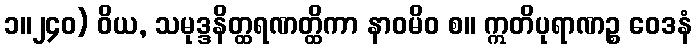
၁။၂၄၀) ဝိယ, သမုဒ္ဒနိတ္ထရဏတ္ထိကာ နာဝမိဝ စ။ ဣတိပုရာဏဉ္စ ဝေဒနံ